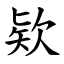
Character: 欵